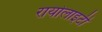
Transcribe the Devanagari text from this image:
रायोलाइटी